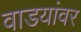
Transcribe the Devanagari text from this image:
वाडयांवर